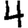
Digit: 4